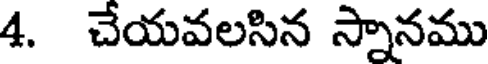
4. చేయవలసిన స్నానము